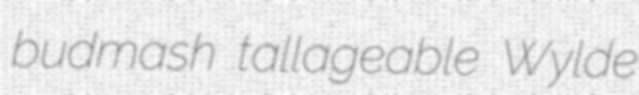
budmash tallageable Wylde